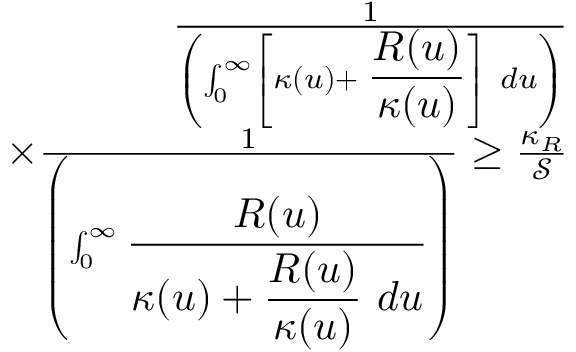
\begin{array} { r l r } & { } & { \frac { 1 } { \left( \int _ { 0 } ^ { \infty } \left[ \kappa ( u ) + \displaystyle \frac { R ( u ) } { \kappa ( u ) } \right] ~ d u \right) } } \\ & { } & { \times \frac { 1 } { \left( \int _ { 0 } ^ { \infty } \displaystyle \frac { R ( u ) } { \kappa ( u ) + \displaystyle \frac { R ( u ) } { \kappa ( u ) } ~ d u } \right) } \geq \frac { \kappa _ { R } } { \mathscr { S } } } \\ & { } & \end{array}